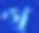
গ্